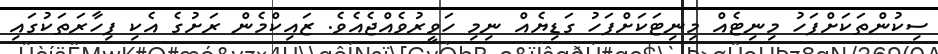
ސިކުންތަކަށްފަހު މިނިޓެއް މިނިޓަކަށްފަހު ގަޑިޔެއް ނިމި ހަވީރުވެއްޖެއެވެ. ޒައިކްމެން ރަށުގެ އެކި ފިހާރަތަކުގައި